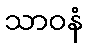
သာဝနံ